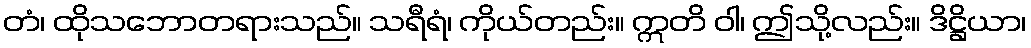
တံ၊ ထိုသဘောတရားသည်။ သရီရံ၊ ကိုယ်တည်း။ ဣတိ ဝါ၊ ဤသို့လည်း။ ဒိဋ္ဌိယာ၊